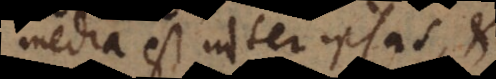
media est inter ipsas, et